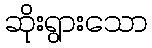
ဆိုးရွားသော